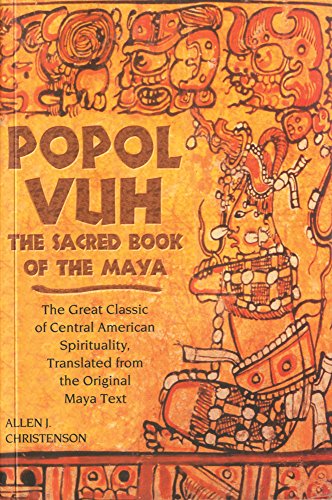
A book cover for Popol Vuh: The Sacred Book of the Maya: The Great Classic of Central American Spirituality, Translated from the Original Maya Text; Religion & Spirituality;